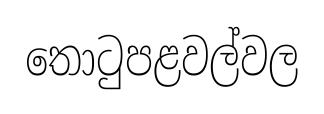
තොටුපළවල්වල